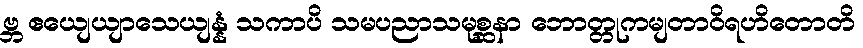
ဗ္ဘ ဧယျေယျာသေယျန္နံ သကာပိ သမပညာသမုစ္ဆနာ ဘောတ္တုကမျတာဝိရဟိတောတိ